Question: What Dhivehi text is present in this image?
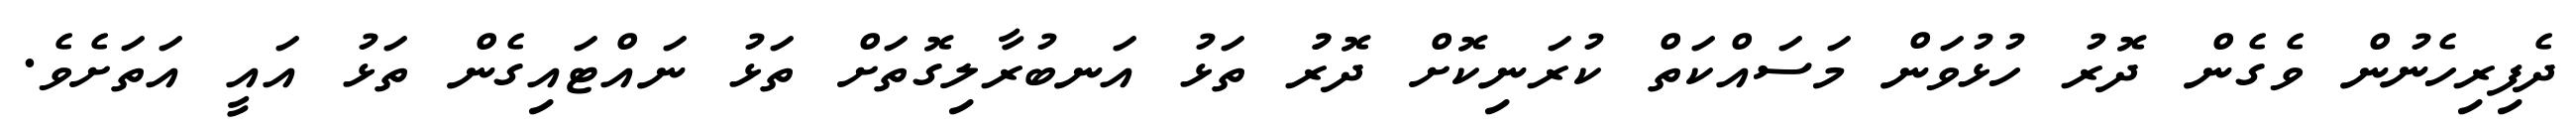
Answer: ދެފިރިހެނުން ވެގެން ދޮރު ހުޅުވަން މަސައްކަތް ކުރަނިކޮށް ދޮރުު ތަޅު އަނބުރާލިގޮތަށް ތަޅު ނައްޓައިގެން ތަޅު އައީ އަތަށެވެ.